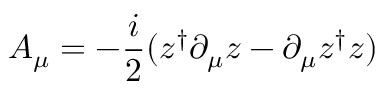
A _ { \mu } = - { \frac { i } { 2 } } ( z ^ { \dagger } \partial _ { \mu } z - \partial _ { \mu } z ^ { \dagger } z )